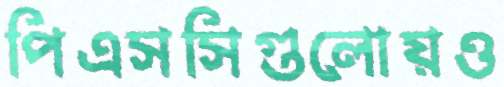
পিএসসিগুলোয়ও